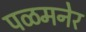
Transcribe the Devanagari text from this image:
पळमनेर